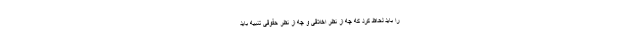
را باید لحاظ کرد که چه از نظر اخلاقی و چه از نظر حقوقی تنبیه باید